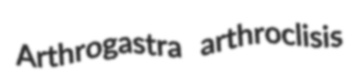
Arthrogastra arthroclisis